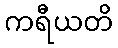
ကရီယတိ